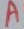
Text: A